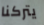
يتركنا